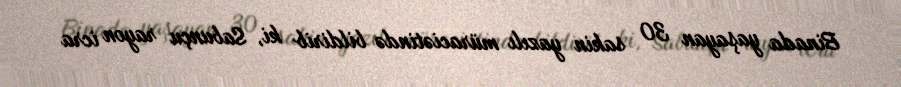
Binada yaşayan 30 sakin yazılı müraciətində bildirib ki, Sabunçu rayon icra